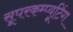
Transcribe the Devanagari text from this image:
सूपरकम्प्यूटिंग